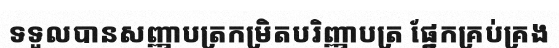
ទទួលបានសញ្ញាបត្រកម្រិតបរិញ្ញាបត្រ ផ្នែកគ្រប់គ្រង